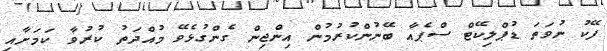
ފޭކު ނުވަތަ ޑުޕްލިކޭޓް ސްޕެއާ ބޭނުންކުރުމުން އިންޖިން ގެންގުޅެވޭ މުއްދަތު ކުރުވާ ކަމަށާއި